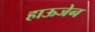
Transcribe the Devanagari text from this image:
हाऊजेन